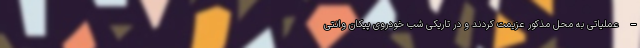
– عملیاتی به محل مذکور عزیمت کردند و در تاریکی شب خودروی پیکان وانتی